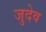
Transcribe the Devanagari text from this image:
जुदेव